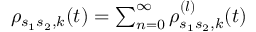
\begin{array} { r } { \rho _ { s _ { 1 } s _ { 2 } , k } ( t ) = \sum _ { n = 0 } ^ { \infty } \rho _ { s _ { 1 } s _ { 2 } , k } ^ { ( l ) } ( t ) } \end{array}